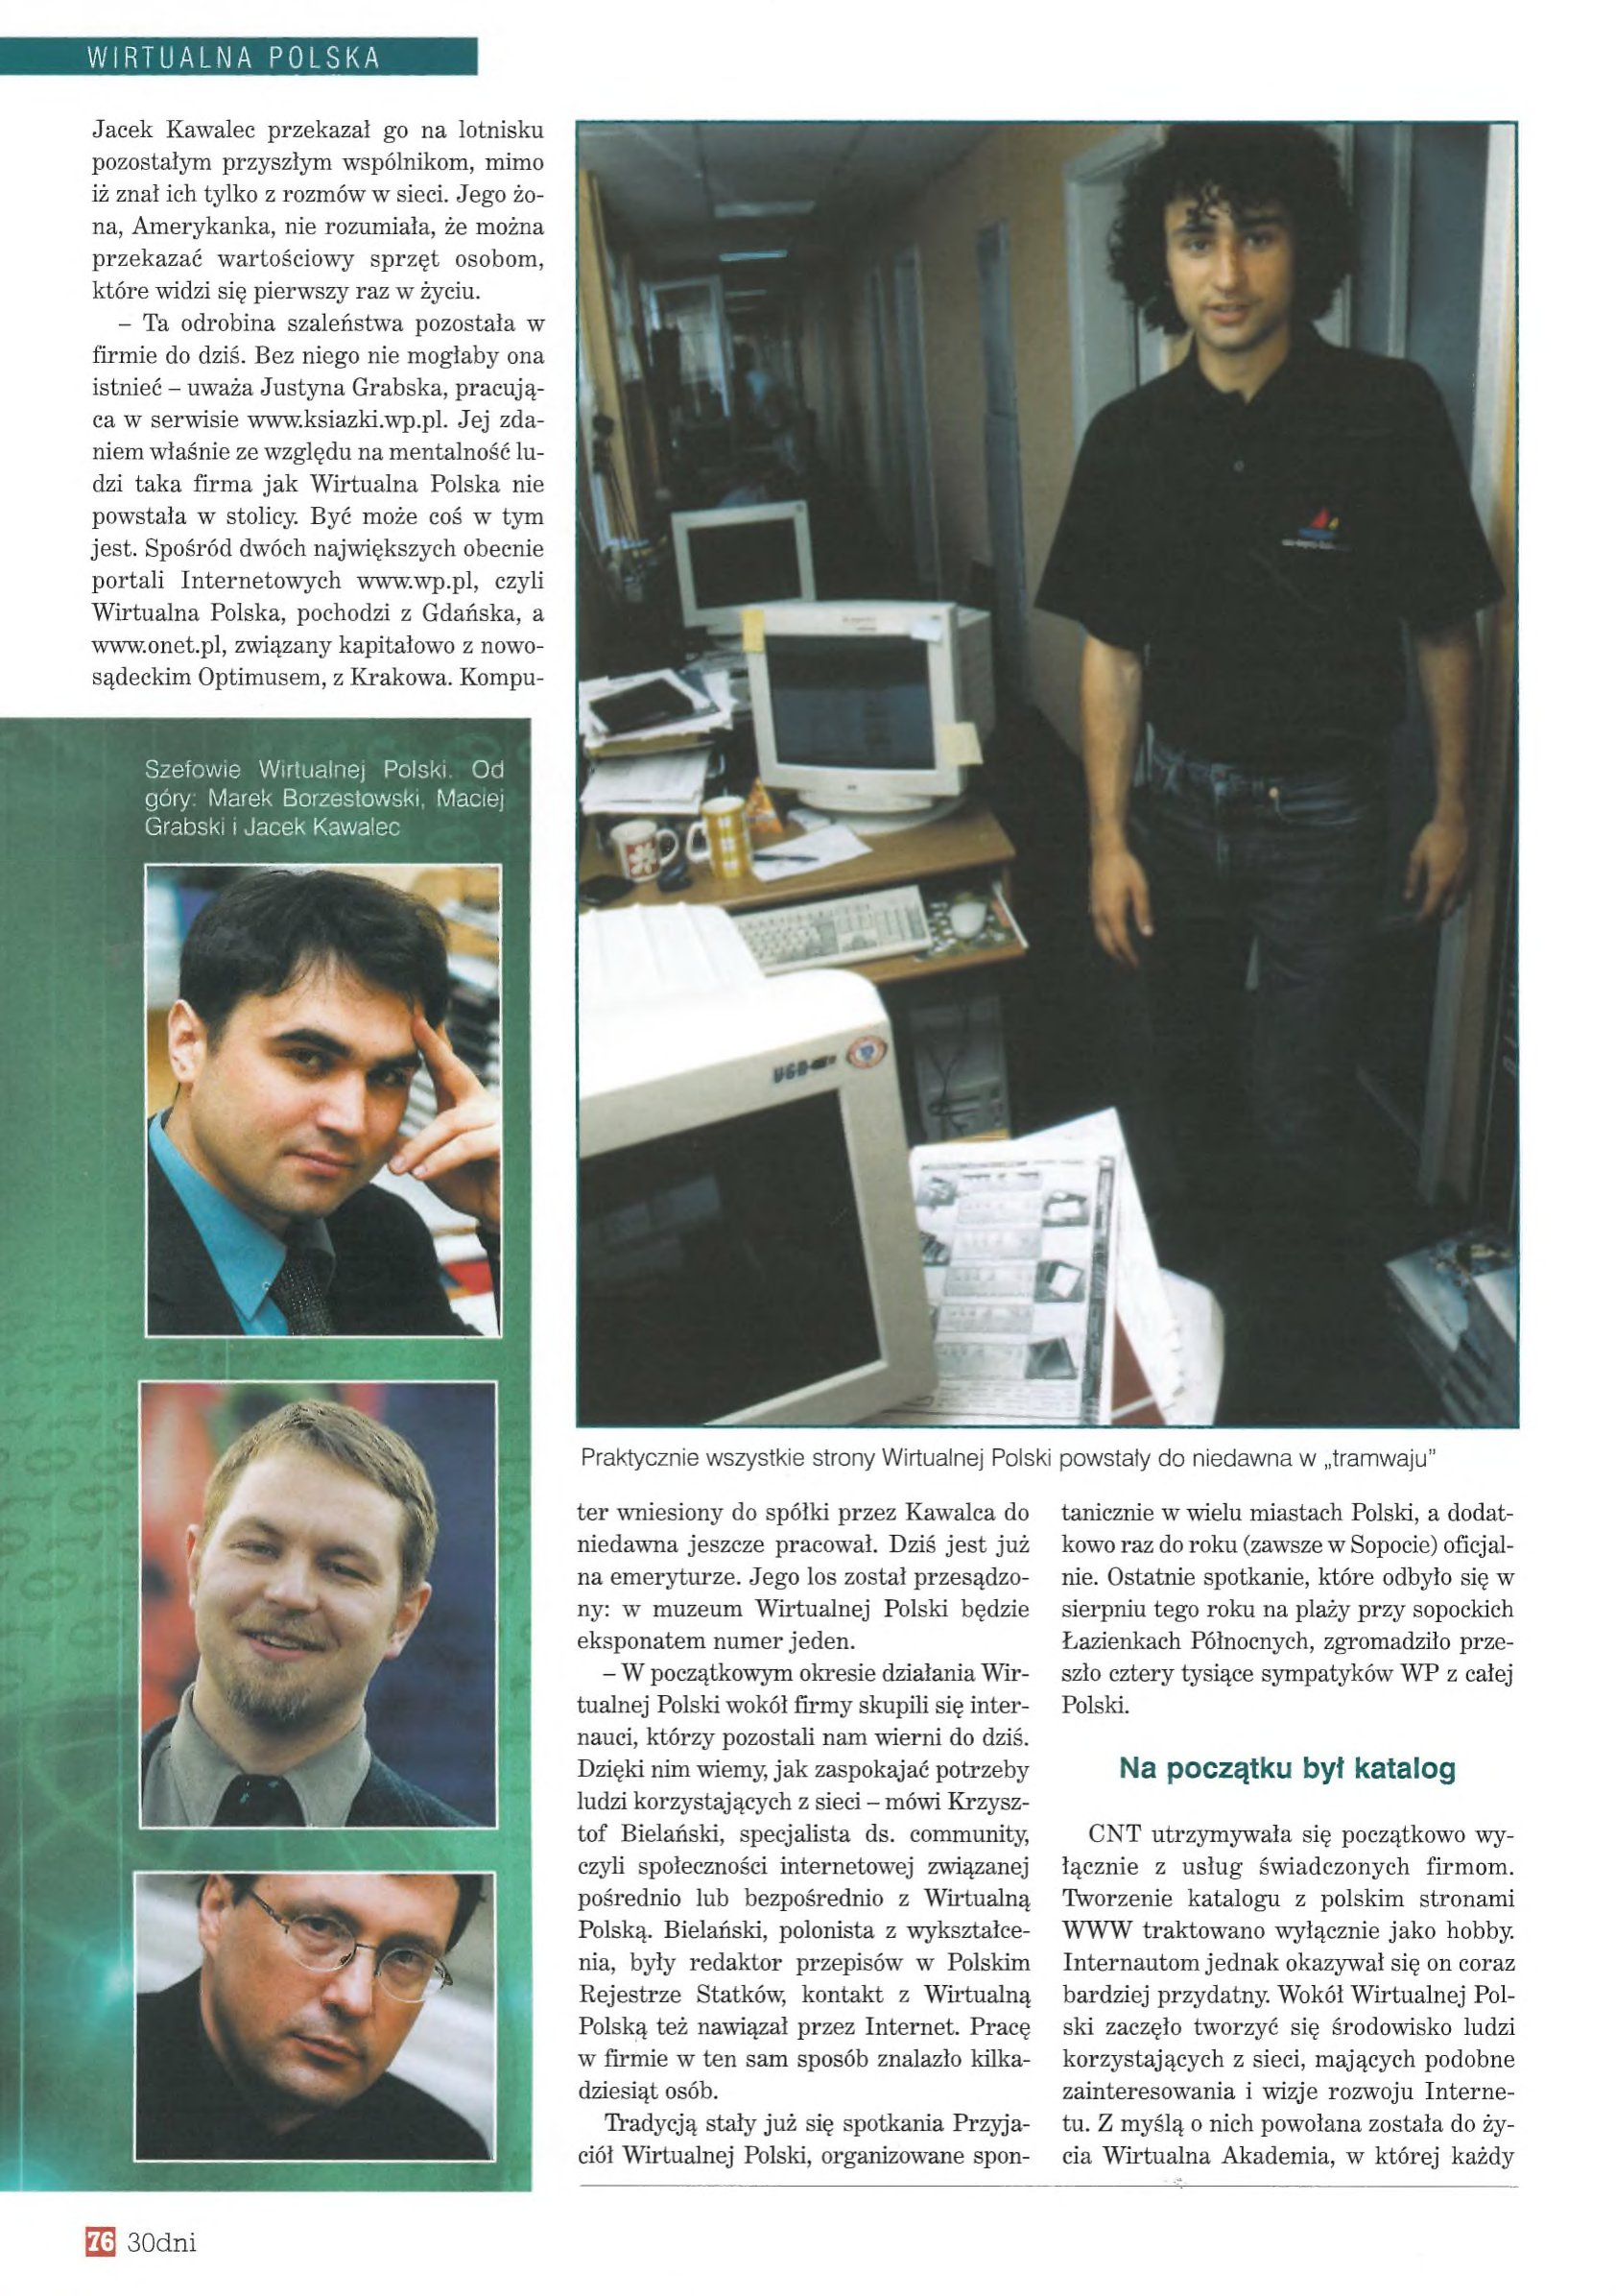
Language: pl